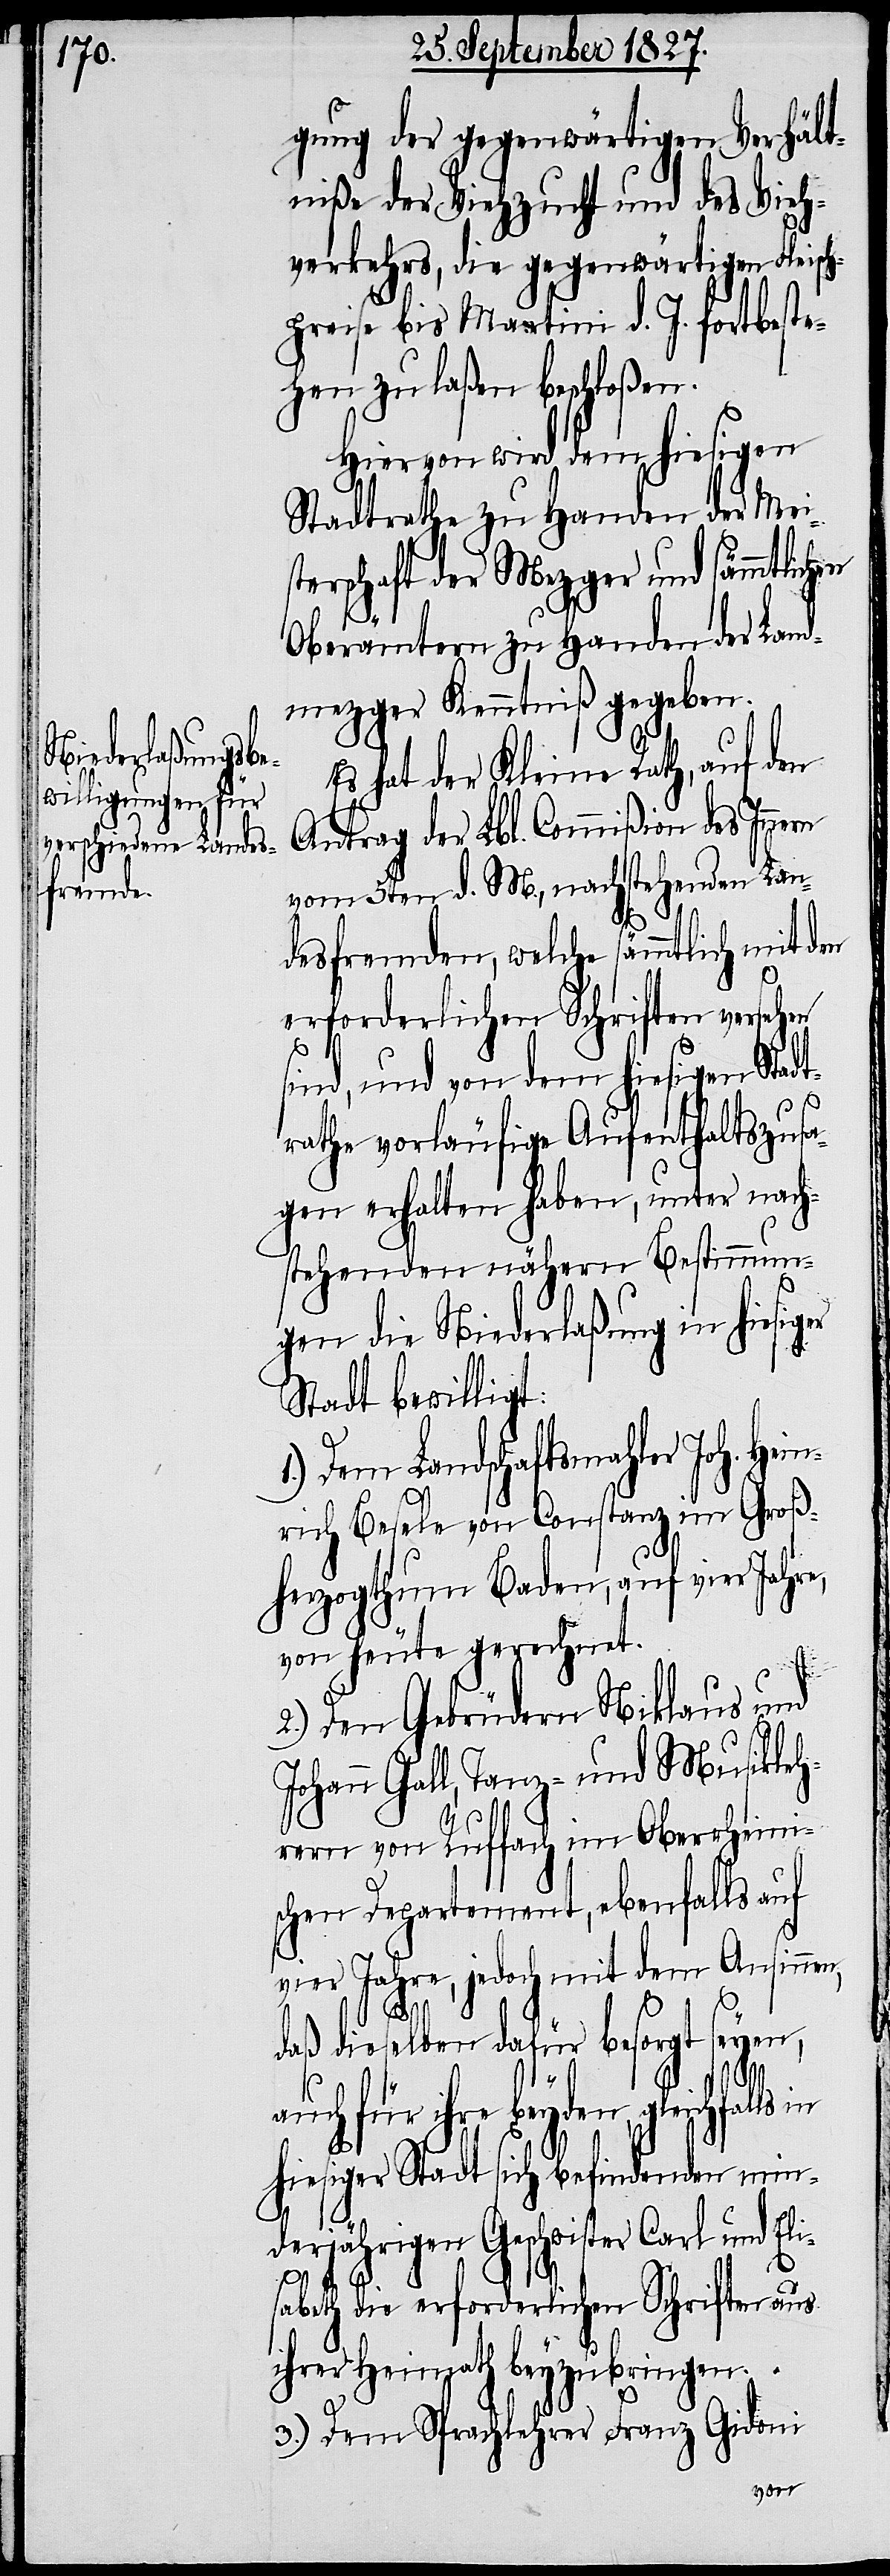
gung der gegenwärtigen Verhält¬
niße der Viehzucht und des Vieh¬
verkehrs, die gegenwärtigen Fleisc¬
hpreise bis Martini d. J. fortbeste¬
hen zu laßen beschloßen.
Hiervon wird dem hiesigen
Stadtrathe zu Handen der Meis¬
terschaft der Mezger und sämmtlich¬
Oberämtern zu Handen der Land¬
mezger Kenntniß gegeben.
Es hat der Kleine Rath, auf den
Antrag der Lbl. Commißion des Inne¬
vom 5ten d. M., nachstehenden Lan¬
desfremden, welche sämmtlich mit den
erforderlichen Schriften verseh¬
er
sind, und von dem hiesigen Stadt¬
rathe vorläufige Aufenthaltszusa¬
gen erhalten haben, unter nach¬
stehenden nähern Bestimmun¬
gen die Niederlaßung in hiesig¬
Stadt bewilligt:
Dem Landschaftsmahler Joh. He¬
rich Besele von Constanz im Groß¬
herzogthum Baden, auf vier Jahre,
von heute gerechnet.
in¬
2.) Den Gebrüdern Niklaus und
Johann Gall, Tanz- und Musikleh¬
rern von Ruffach im Oberrheinis¬
chen Departement, ebenfalls auf
vier Jahre, jedoch mit dem Ansinnen,
daß dieselben dafür besorgt seyen,
auch für ihre beyden gleichfalls in
hiesiger Stadt sich befindenden min¬
derjährigen Geschwister Carl und Eli¬
s¬
abeth die erforderlichen Schriften aus
ihrer Heimath beyzubringen.
3.) Dem Sprachlehrer Franz Gidoni